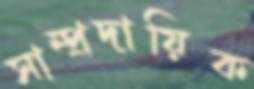
সাম্প্রদায়িক